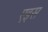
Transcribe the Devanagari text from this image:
एइस